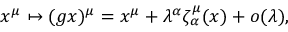
x ^ { \mu } \mapsto ( g x ) ^ { \mu } = x ^ { \mu } + \lambda ^ { \alpha } \zeta _ { \alpha } ^ { \mu } ( x ) + o ( \lambda ) ,